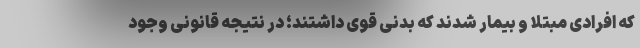
که افرادی مبتلا و بیمار شدند که بدنی قوی داشتند؛ در نتیجه قانونی وجود